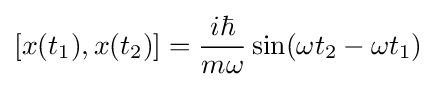
[x(t_{1}),x(t_{2})]={\frac {i\hbar }{m\omega }}\sin(\omega t_{2}-\omega t_{1})